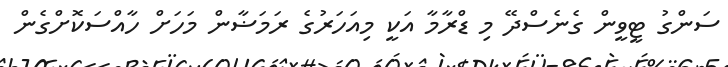
ސަންގު ޓީީވީން ގެނެސްދޭ މި ޑްރާމާ އަކީ މިއަހަރުގެ ރަމަޟާން މަހަށް ހާއްސަކޮށްގެން